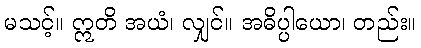
မသင့်။ ဣတိ အယံ၊ လျှင်။ အဓိပ္ပါယော၊ တည်း။